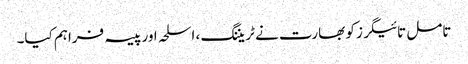
تامل تائیگرز کو بھارت نے ٹریننگ ، اسلحہ اور پیسہ فراہم کیا۔